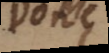
ᗞonc